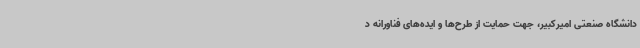
دانشگاه صنعتی امیرکبیر، جهت حمایت از طرح‌ها و ایده‌های فناورانه د